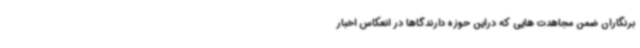
برنگاران ضمن مجاهدت هایی که دراین حوزه دارندگاها در انعکاس اخبار